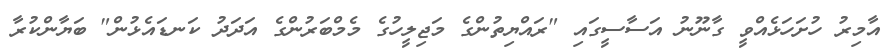
އާމިރު ހުށަހަޅެއްވީ ގާނޫނު އަސާސީގައި "ރައްޔިތުންގެ މަޖިލީހުގެ މެމްބަރުންގެ އަދަދު ކަނޑައެޅުން" ބަޔާންކުރާ